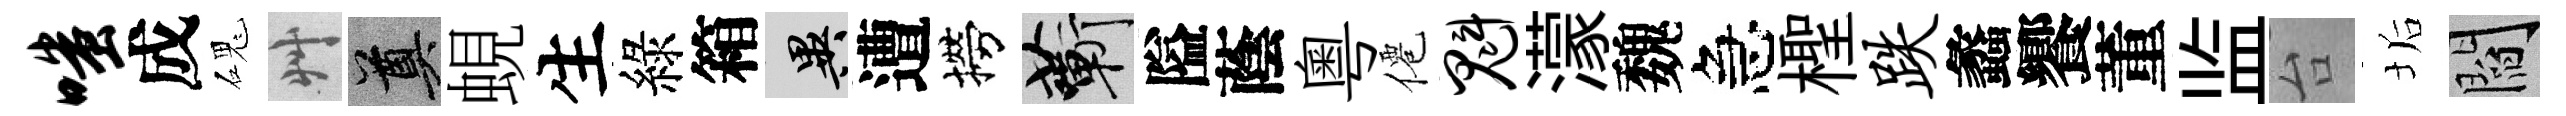
嗤成磈艸奠蜆生綠箱异遭撈蔪隘蔭粤僊魁濛魏急檉跌蠡饗董监台垢閻